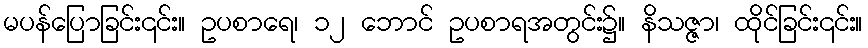
မပန်ပြောခြင်း၎င်း။ ဥပစာရေ၊ ၁၂ ဘောင် ဥပစာရအတွင်း၌။ နိသဇ္ဇာ၊ ထိုင်ခြင်း၎င်း။